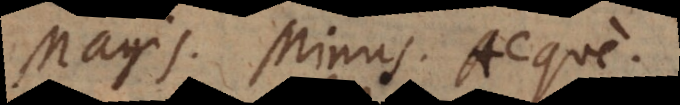
Magis. Minus. Aeque.